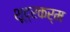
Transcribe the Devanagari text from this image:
शूद्रकर्म